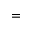
=